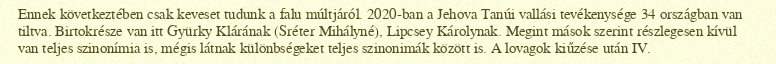
Ennek következtében csak keveset tudunk a falu múltjáról. 2020-ban a Jehova Tanúi vallási tevékenysége 34 országban van tiltva. Birtokrésze van itt Gyürky Klárának (Sréter Mihályné), Lipcsey Károlynak. Megint mások szerint részlegesen kívül van teljes szinonímia is, mégis látnak különbségeket teljes szinonimák között is. A lovagok kiűzése után IV.